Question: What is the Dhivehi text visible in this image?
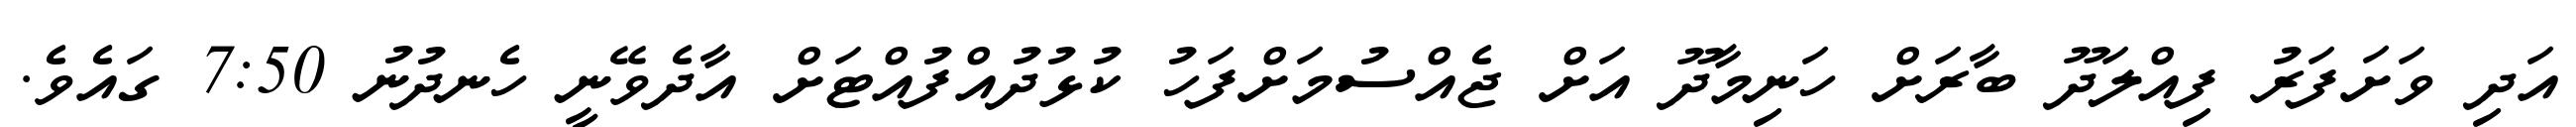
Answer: އަދި ވަށަފަރު ފިއްލަދޫ ބާރަށް ހަނިމާދޫ އަށް ޖެއްސުމަށްފަހު ކުޅުދުއްފުއްޓަށް އާދެވޭނީ ހެނދުނު 7:50 ގައެވެ.